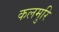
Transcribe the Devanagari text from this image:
कलमुरि